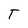
Character: T